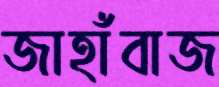
জাহাঁবাজ